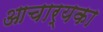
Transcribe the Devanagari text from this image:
आचार्यका